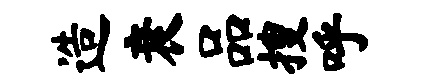
造衰品搜呼